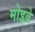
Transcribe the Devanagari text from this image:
मोइव्रे